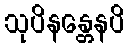
သုပိနန္တေနပိ